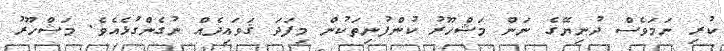
ކުރި ނަމަވެސް ދުނިޔޭގެ ނަން މަޝްހޫރު ކުންފުނިތަކުން މިފަދަ ޤަވައިދެއް ނުގެންގުޅެއެވެ. މަޝްހޫރު